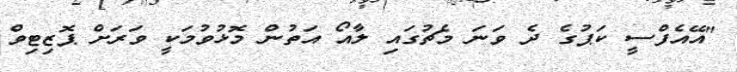
"އޭއެފްސީ ކަޕުގެ ދެ ވަނަ މެޗުގައި ލާއޯ އަތުން މޮޅުވުމަކީ ވަރަށް ޕޮޒިޓިވް